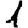
Digit: 1